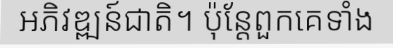
អភិវឌ្ឍន៍ជាតិ។ ប៉ុន្តែពួកគេទាំង